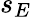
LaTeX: s_{E}